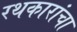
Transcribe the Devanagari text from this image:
रथकारांचा